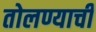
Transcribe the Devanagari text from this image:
तोलण्याची